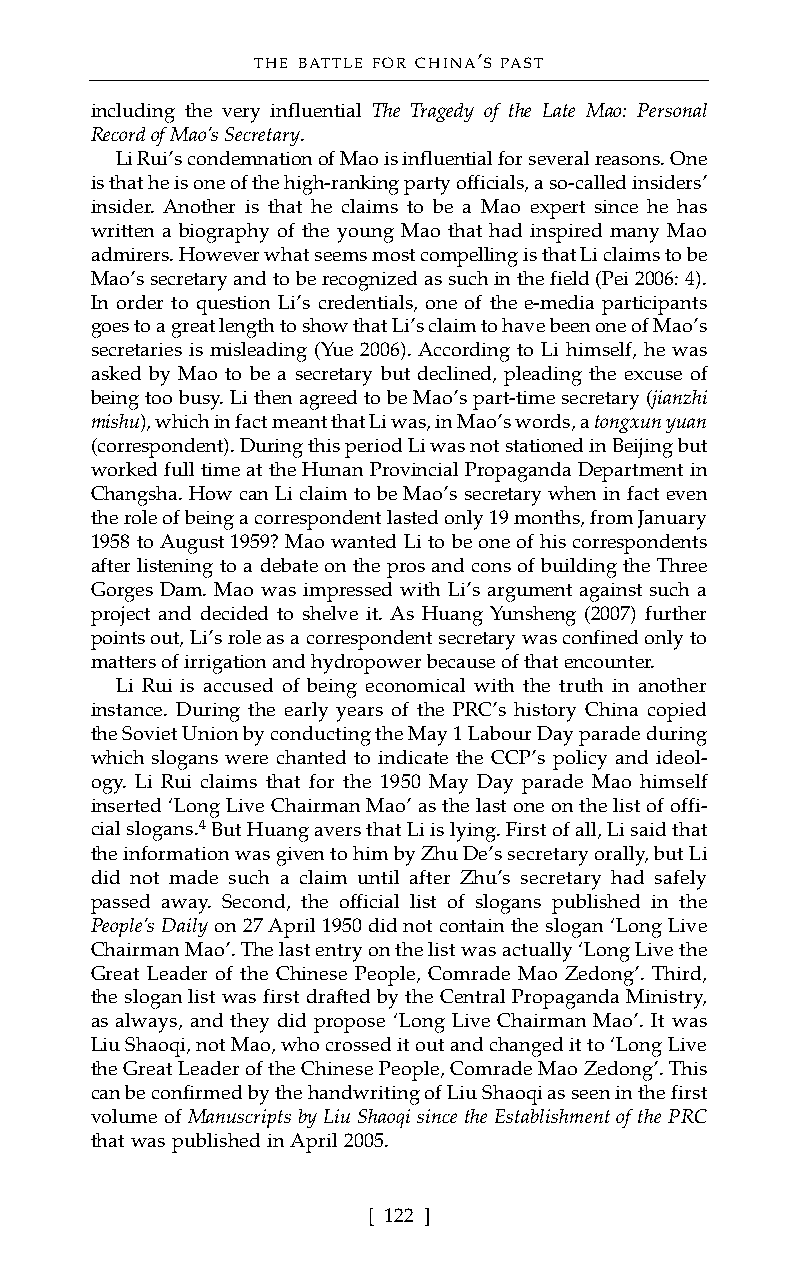
THE BATTLE FOR CHINA’S PAST
 including the very influential The Tragedy of the Late Mao: Personal
 Record of Mao’s Secretary.
 Li Rui’s condemnation of Mao is influential for several reasons. One
 is that he is one of the high-ranking party officials, a so-called insiders’
 insider. Another is that he claims to be a Mao expert since he has
 written a biography of the young Mao that had inspired many Mao
 admirers. However what seems most compelling is that Li claims to be
 Mao’s secretary and to be recognized as such in the field (Pei 2006: 4).
 In order to question Li’s credentials, one of the e-media participants
 goes to a great length to show that Li’s claim to have been one of Mao’s
 secretaries is misleading (Yue 2006). According to Li himself, he was
 asked by Mao to be a secretary but declined, pleading the excuse of
 being too busy. Li then agreed to be Mao’s part-time secretary (jianzhi
 mishu), which in fact meant that Li was, in Mao’s words, a tongxun yuan
 (correspondent). During this period Li was not stationed in Beijing but
 worked full time at the Hunan Provincial Propaganda Department in
 Changsha. How can Li claim to be Mao’s secretary when in fact even
 the role of being a correspondent lasted only 19 months, from January
 1958 to August 1959? Mao wanted Li to be one of his correspondents
 after listening to a debate on the pros and cons of building the Three
 Gorges Dam. Mao was impressed with Li’s argument against such a
 project and decided to shelve it. As Huang Yunsheng (2007) further
 points out, Li’s role as a correspondent secretary was confined only to
 matters of irrigation and hydropower because of that encounter.
 Li Rui is accused of being economical with the truth in another
 instance. During the early years of the PRC’s history China copied
 the Soviet Union by conducting the May 1 Labour Day parade during
 which slogans were chanted to indicate the CCP’s policy and ideol-
 ogy. Li Rui claims that for the 1950 May Day parade Mao himself
 inserted ‘Long Live Chairman Mao’ as the last one on the list of offi-
 cial slogans.4But Huang avers that Li is lying. First of all, Li said that
 the information was given to him by Zhu De’s secretary orally, but Li
 did not made such a claim until after Zhu’s secretary had safely
 passed away. Second, the official list of slogans published in the
 People’s Dailyon 27 April 1950 did not contain the slogan ‘Long Live
 Chairman Mao’. The last entry on the list was actually ‘Long Live the
 Great Leader of the Chinese People, Comrade Mao Zedong’. Third,
 the slogan list was first drafted by the Central Propaganda Ministry,
 as always, and they did propose ‘Long Live Chairman Mao’. It was
 Liu Shaoqi, not Mao, who crossed it out and changed it to ‘Long Live
 the Great Leader of the Chinese People, Comrade Mao Zedong’. This
 can be confirmed by the handwriting of Liu Shaoqi as seen in the first
 volume of Manuscripts by Liu Shaoqi since the Establishment of the PRC
 that was published in April 2005.
 [ 122 ]